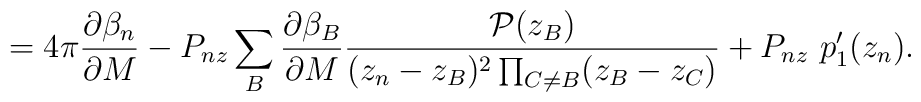
=4\pi \frac{\partial \beta_n}{\partial M} - P_{nz}\sum_B\frac{\partial \beta_B}{\partial M} \frac{{\cal P}(z_B)}{(z_n-z_B)^2\prod_{C\neq B}(z_B-z_C)}+ P_{nz} ~p'_1(z_n).